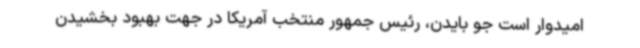
امیدوار است جو بایدن، رئیس جمهور منتخب آمریکا در جهت بهبود بخشیدن